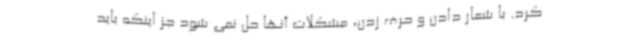
کرد. با شعار دادن و حرف زدن، مشکلات آنها حل نمی شود جز اینکه باید